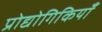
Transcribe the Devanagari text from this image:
प्रोद्योगिकियाँ